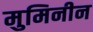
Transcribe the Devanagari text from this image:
मुमिनीन